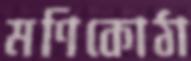
মণিকোঠা